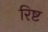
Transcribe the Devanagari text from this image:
रिष्ट